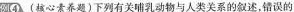
例④(核心素养题)下列有关哺乳动物与人类关系的叙述，错误的